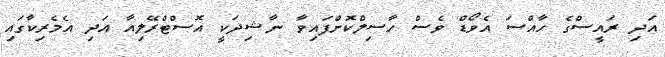
އަދި ރައީސްގެ ހާއްސަ އެވޯޑް ވެސް ހާސިލްކޮށްފައިވާ ނާޝިދަކީ އޮސްޓްރޭލިއާ އަދި އެމެރިކާގައި